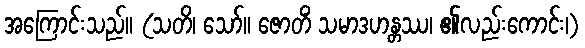
အကြောင်းသည်။ (သတိ၊ သော်။ ဇောတိံ သမာဒဟန္တဿ၊ ၏လည်းကောင်း၊)